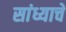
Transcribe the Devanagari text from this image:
सांध्याचे